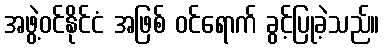
အဖွဲ့ဝင်နိုင်ငံ အဖြစ် ဝင်ရောက် ခွင့်ပြုခဲ့သည်။